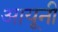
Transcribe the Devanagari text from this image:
आयूनी